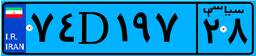
۷۴D۱۹۷۲۸